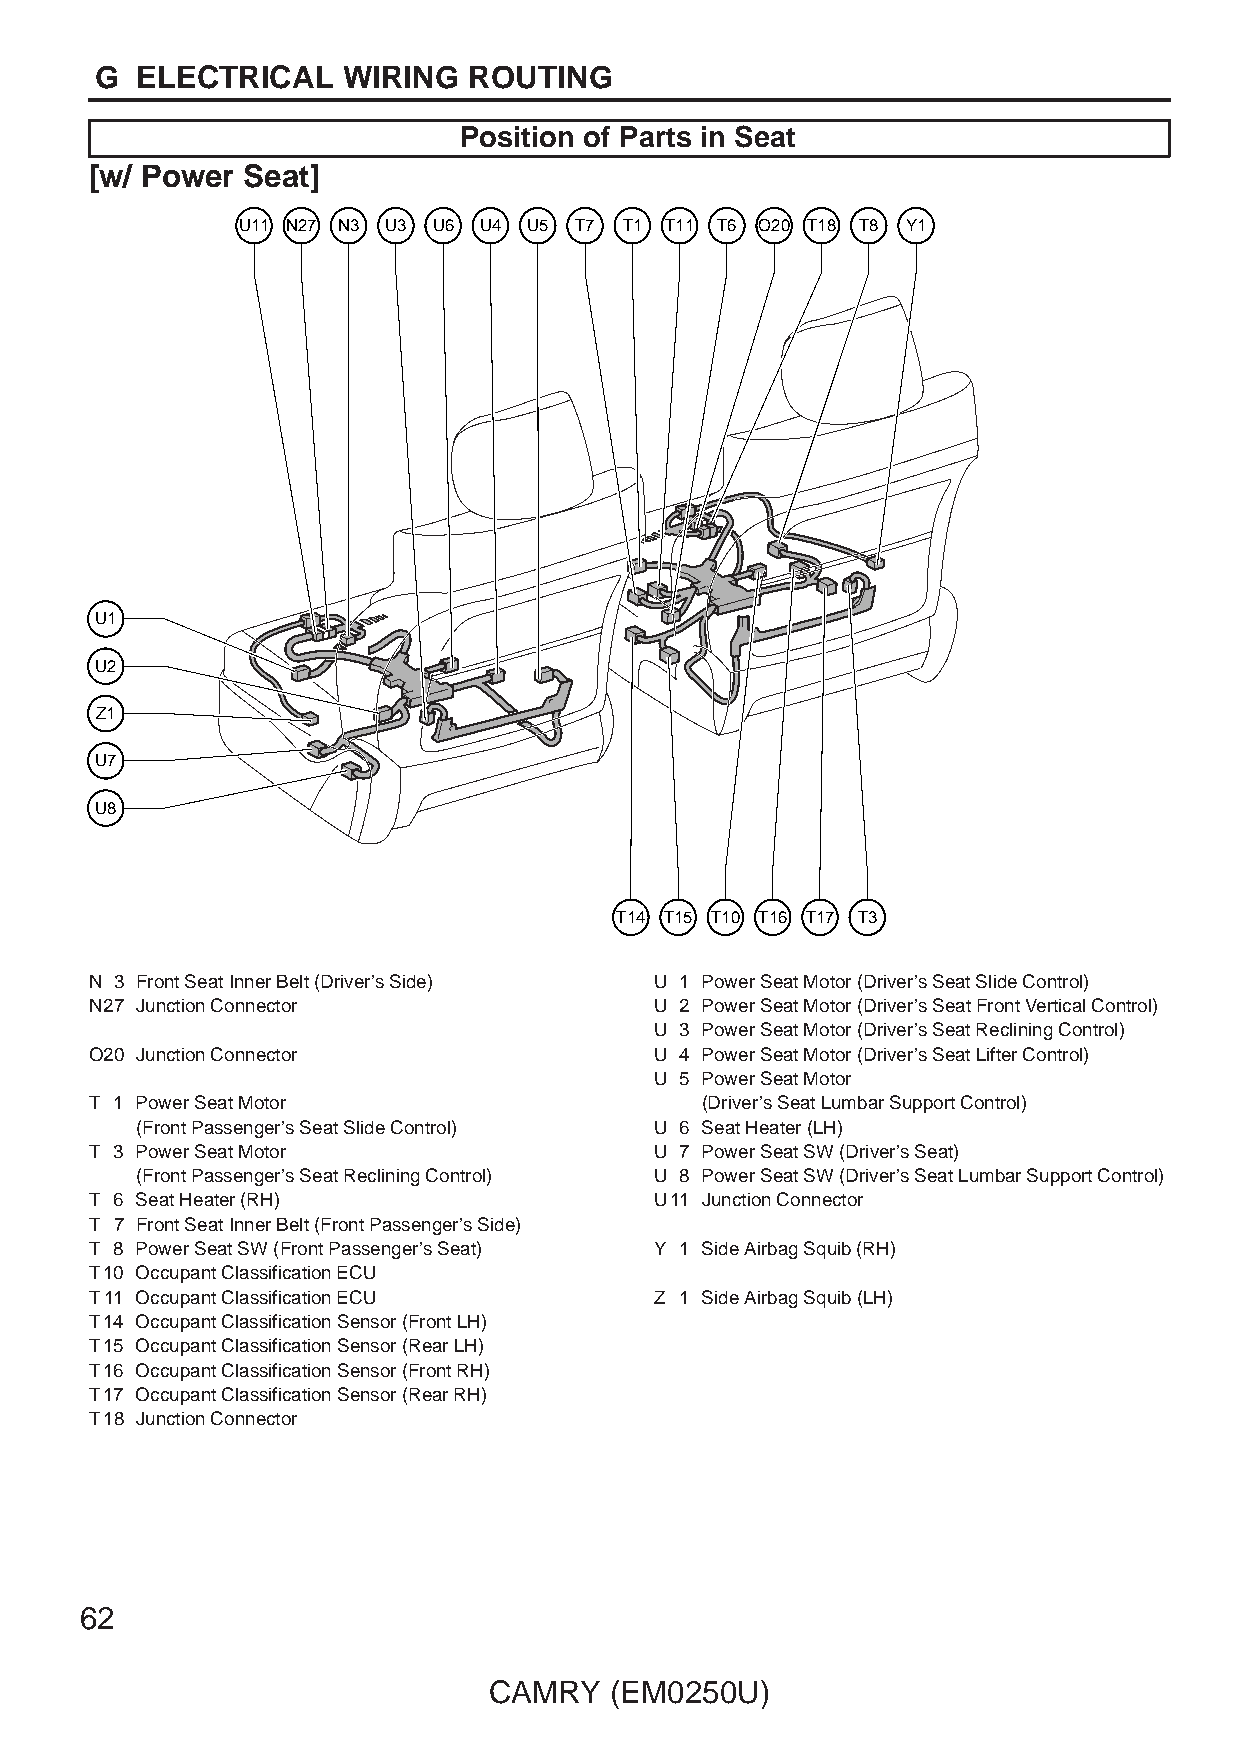
G  ELECTRICAL    WIRING  ROUTING
 Position of Parts in Seat
 [w/ Power Seat]
 U11 N27 N3 U3 U6 U4 U5 T7 T1 T11 T6 O20 T18 T8 Y1
 U1
 U2
 Z1
 U7
 U8
 T14 T15 T10 T16 T17 T3
 N 3 Front Seat Inner Belt (Driver’s Side) U 1 Power Seat Motor (Driver’s Seat Slide Control)
 N27 Junction Connector               U 2 Power Seat Motor (Driver’s Seat Front Vertical Control)
 U 3 Power Seat Motor (Driver’s Seat Reclining Control)
 O20 Junction Connector               U 4 Power Seat Motor (Driver’s Seat Lifter Control)
 U 5 Power Seat Motor
 T 1 Power Seat Motor                    (Driver’s Seat Lumbar Support Control)
 (Front Passenger’s Seat Slide Control) U 6 Seat Heater (LH)
 T 3 Power Seat Motor                 U 7 Power Seat SW (Driver’s Seat)
 (Front Passenger’s Seat Reclining Control) U 8 Power Seat SW (Driver’s Seat Lumbar Support Control)
 T 6 Seat Heater (RH)                 U11 Junction Connector
 T 7 Front Seat Inner Belt (Front Passenger’s Side)
 T 8 Power Seat SW (Front Passenger’s Seat) Y 1 Side Airbag Squib (RH)
 T10 Occupant Classification ECU
 T11 Occupant Classification ECU      Z 1 Side Airbag Squib (LH)
 T14 Occupant Classification Sensor (Front LH)
 T15 Occupant Classification Sensor (Rear LH)
 T16 Occupant Classification Sensor (Front RH)
 T17 Occupant Classification Sensor (Rear RH)
 T18 Junction Connector
 62
 CAMRY   (EM0250U)